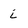
Character: i